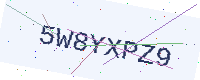
Text: 5W8YXPZ9